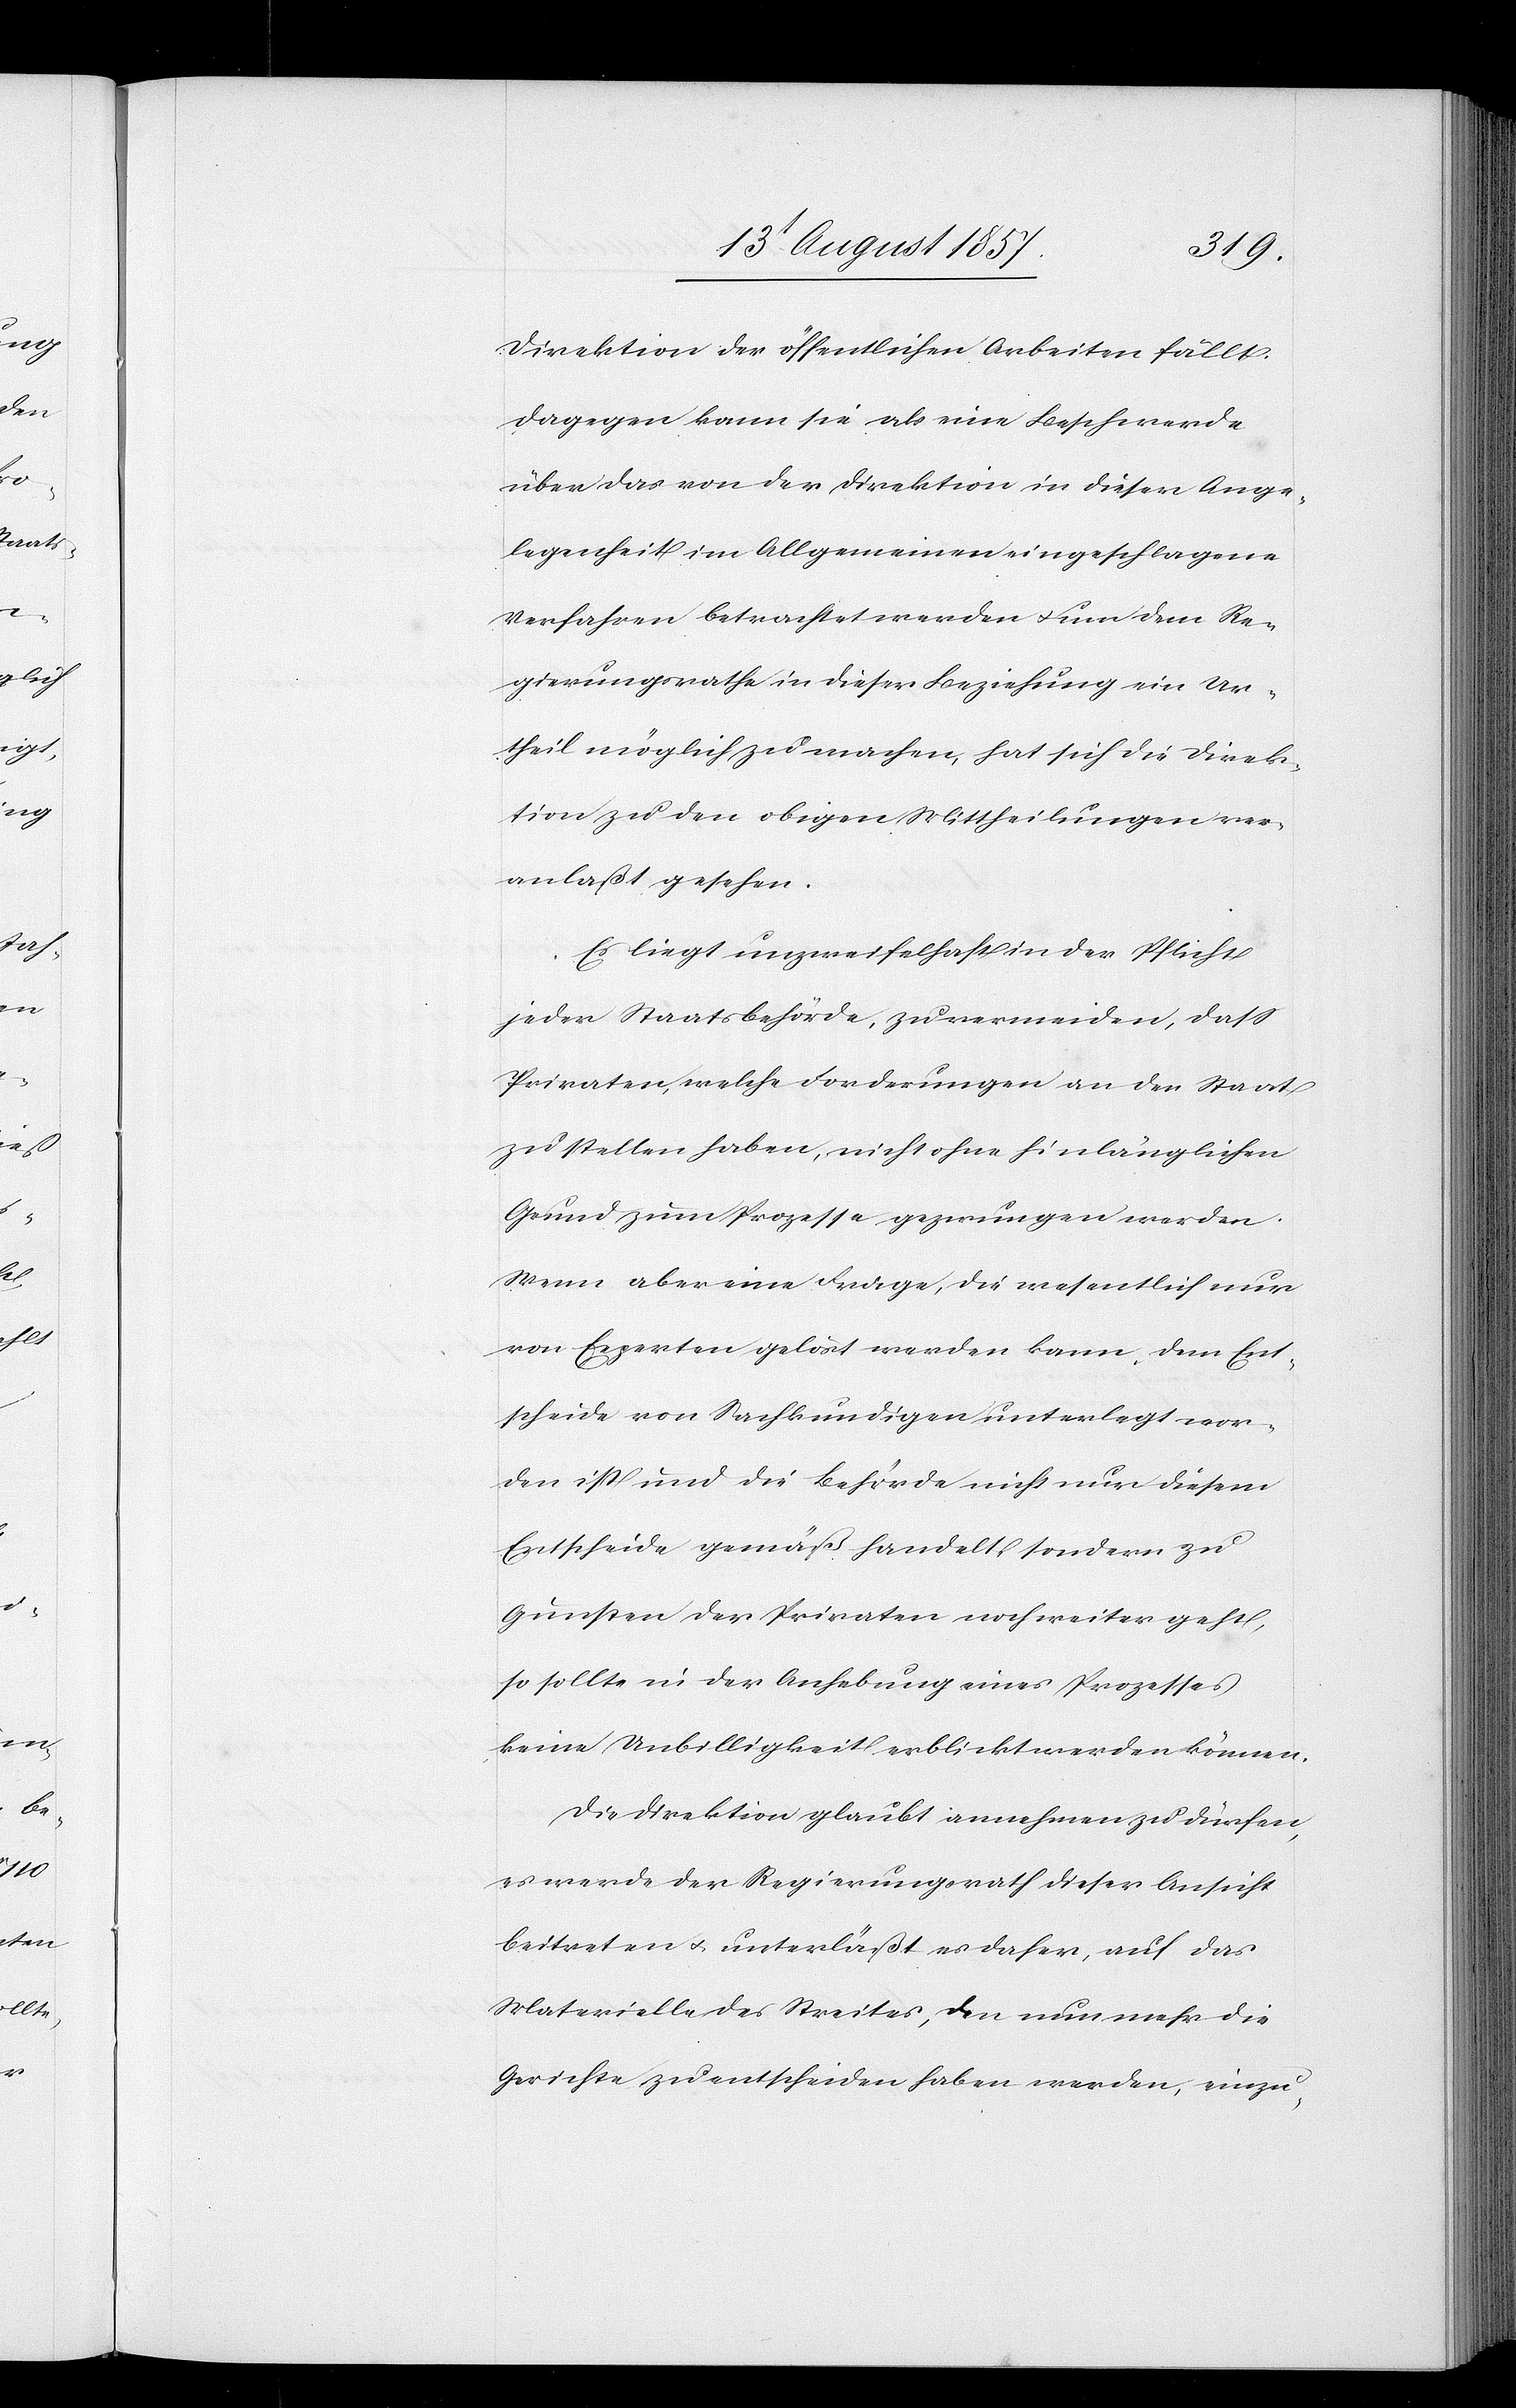
Direktion der öffentlichen Arbeiten fällt.
Dagegen kann sie als eine Beschwerde
über das von der Direktion in diesen Ange¬
legenheiten im Allgemeinen eingeschlagene
Verfahren betrachtet werden & um ein Ur¬
theil möglich zu machen, hat sich die Direk¬
tion zu den obigen Mittheilungen ver¬
anlaßt gesehen.
Es liegt unzweifelhaft in der Pflicht
jeder Staatsbehörde, zu vermeiden, daß
zu stellen haben, nicht ohne hinlänglichen
Grund zum Prozesse gezwungen werden.
Wenn aber eine Frage, die wesentlich nur
von Experten gelöst werden kann, dem Ent¬
scheide von Sachkundigen unterlegt wor¬
den ist und die Behörde nicht nur diesem
Entscheide gemäß handelt sondern zu
Gunsten der Privaten noch weiter geht,
so sollte in der Anhebung eines Prozesses
keine Unbilligkeit erblickt werden können.
Die Direktion glaubt annehmen zu dürfen,
es werde der Regierungsrath dieser Ansicht
beitreten & unterläßt es daher, auf das
Materielle des Streites, den nun mehr die
Gerichte zu entscheiden haben werden, einzu-